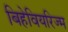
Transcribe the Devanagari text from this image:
बिहेवियरिज्म